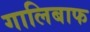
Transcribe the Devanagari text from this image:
गालिबाफ